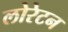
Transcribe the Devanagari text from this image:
लोरेटन